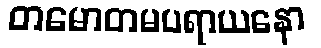
တမောတမပရာယနော